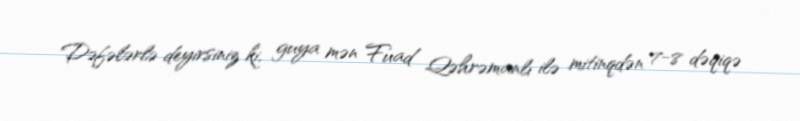
Dəfələrlə deyirsiniz ki, guya mən Fuad Qəhrəmanlı ilə mitinqdən 7-8 dəqiqə